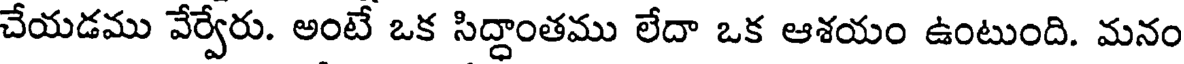
చేయడము వేర్వేరు. అంటే ఒక సిద్ధాంతము లేదా ఒక ఆశయం ఉంటుంది. మనం